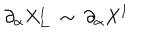
LaTeX: \partial _ { \alpha } X _ { L } ^ { i } ~ \sim ~ \partial _ { \alpha } X ^ { I }